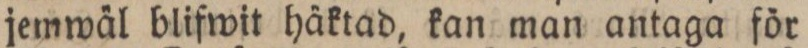
jemwäl blifwit häktad, kan man antaga för